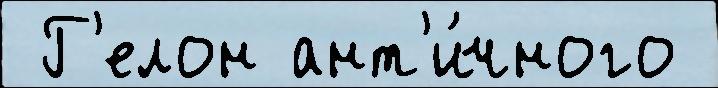
 Г'елон ант'и́чного